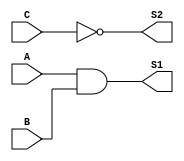
module compuertas(A,B,C,S1,S2); 
input A; 
input B;
input C;

output S1;
output S2;


assign S1 = A & B; // Asignamos a S1 A and B.
assign S2 = ~C;  // Asignamos a S2 C negado.


endmodule